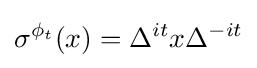
\sigma ^{\phi _{t}}(x)=\Delta ^{it}x\Delta ^{-it}